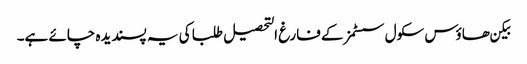
بیکن ھاؤس سکول سسٹمز کے فارغ التحصیل طلبا کی یہ پسندیده چائے ہے۔